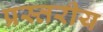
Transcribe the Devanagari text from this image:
प्रस्तरीय